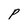
Character: P